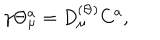
\gamma \Theta _ { \mu } ^ { a } = D _ { \mu } ^ { ( \Theta ) } C ^ { a } ,